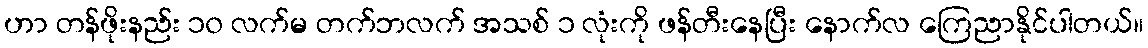
ဟာ တန်ဖိုးနည်း ၁၀ လက်မ တက်ဘလက် အသစ် ၁ လုံးကို ဖန်တီးနေပြီး နောက်လ ကြေညာနိုင်ပါတယ်။